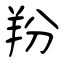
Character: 羒